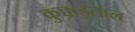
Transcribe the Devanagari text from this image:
कुक्कड़ताल